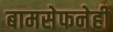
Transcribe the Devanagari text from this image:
बामसेफनेही